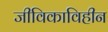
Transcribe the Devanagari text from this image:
जीविकाविहीन